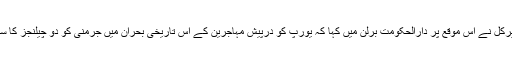
انگيلا ميرکل نے اس موقع پر دارالحکومت برلن ميں کہا کہ يورپ کو درپيش مہاجرين کے اس تاريخی بحران ميں جرمنی کو دو چيلنجز کا سامنا ہے۔